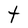
Character: t